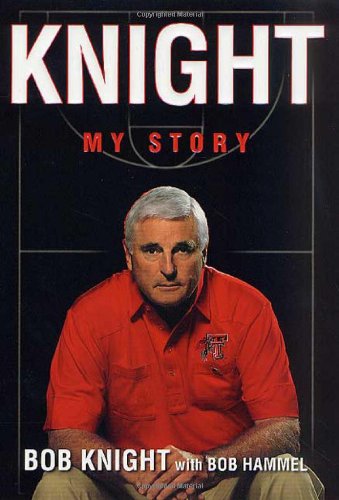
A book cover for Knight: My Story; Bob Knight; Sports & Outdoors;